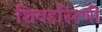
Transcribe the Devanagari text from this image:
शिवहरिरणी